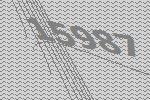
15987